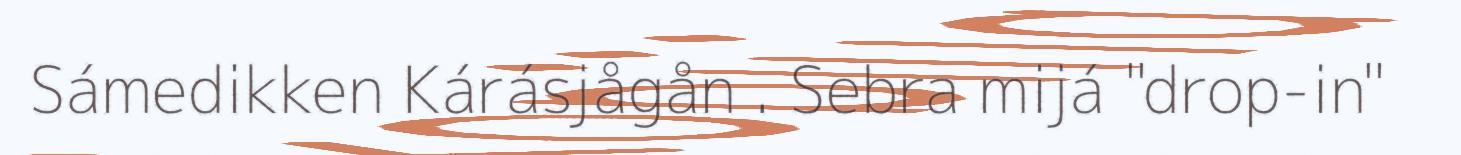
Sámedikken Kárásjågån . Sebra mijá "drop-in"